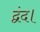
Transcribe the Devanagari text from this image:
द्वंद।